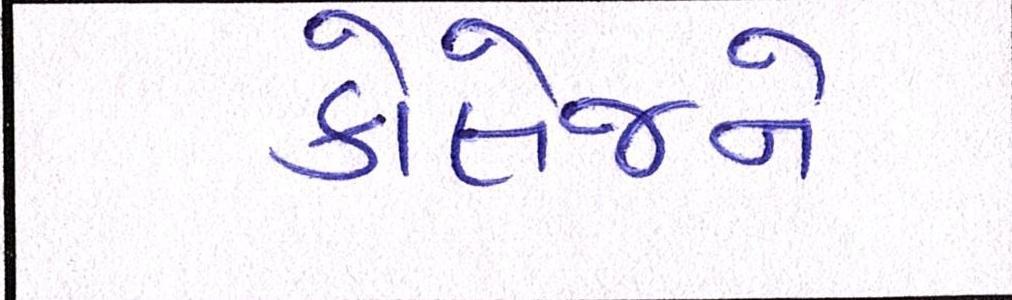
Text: કોલેજને